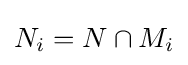
N_{i}=N\cap M_{i}